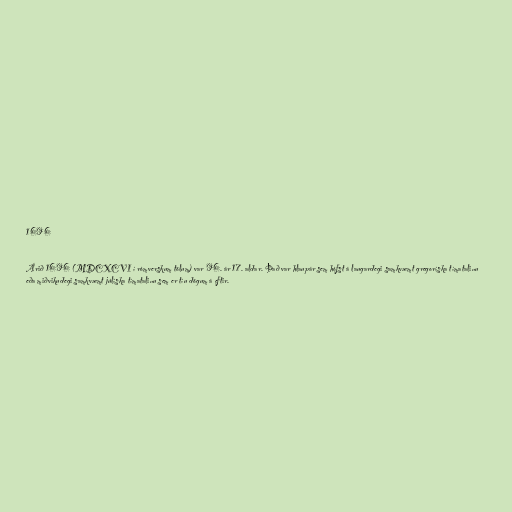
1696

Árið 1696 (MDCXCVI í rómverskum tölum) var 96. ár 17. aldar. Það var hlaupár sem hófst á laugardegi samkvæmt gregoríska tímatalinu
eða miðvikudegi samkvæmt júlíska tímatalinu sem er tíu dögum á eftir.